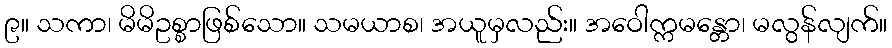
၉။ သကာ၊ မိမိဥစ္စာဖြစ်သော။ သမယာစ၊ အယူမှလည်း။ အဝေါက္ကမန္တော၊ မလွန်လျက်။